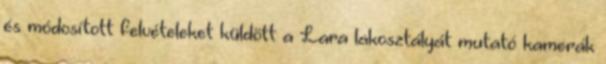
és módosított felvételeket küldött a Lara lakosztályát mutató kamerák